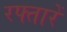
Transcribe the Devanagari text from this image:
रफ्तारें